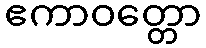
ဧကာဝတ္တော